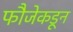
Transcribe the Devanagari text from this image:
फौजेकडून